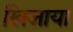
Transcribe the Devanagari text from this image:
खिजाया